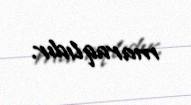
maraqlıdır.